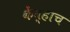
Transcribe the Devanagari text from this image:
केंव्हाच